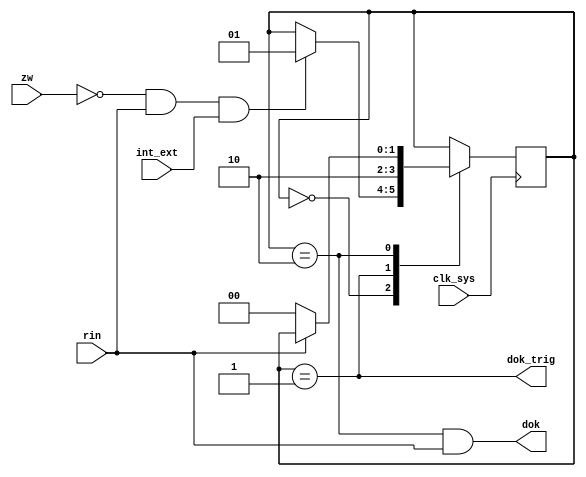
// OK interface signal driver

module dok(
	input clk_sys,
	input rin,
	input zw,
	input int_ext,
	output dok_trig,
	output dok
);

	localparam IDLE = 2'd0;
	localparam TRIG = 2'd1;
	localparam DOK	= 2'd2;

	reg [1:0] state;

	always @ (posedge clk_sys) begin
		case (state)
			IDLE: if (~zw & rin & int_ext) state <= TRIG;
			TRIG: state <= DOK;
			DOK:  if (~rin) state <= IDLE;
		endcase
	end

	assign dok_trig = (state == TRIG);
	assign dok = (state == DOK) & rin;

endmodule

// vim: tabstop=2 shiftwidth=2 autoindent noexpandtab